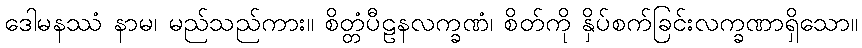
ဒေါမနဿံ နာမ၊ မည်သည်ကား။ စိတ္တံပီဠနလက္ခဏံ၊ စိတ်ကို နှိပ်စက်ခြင်းလက္ခဏာရှိသော။